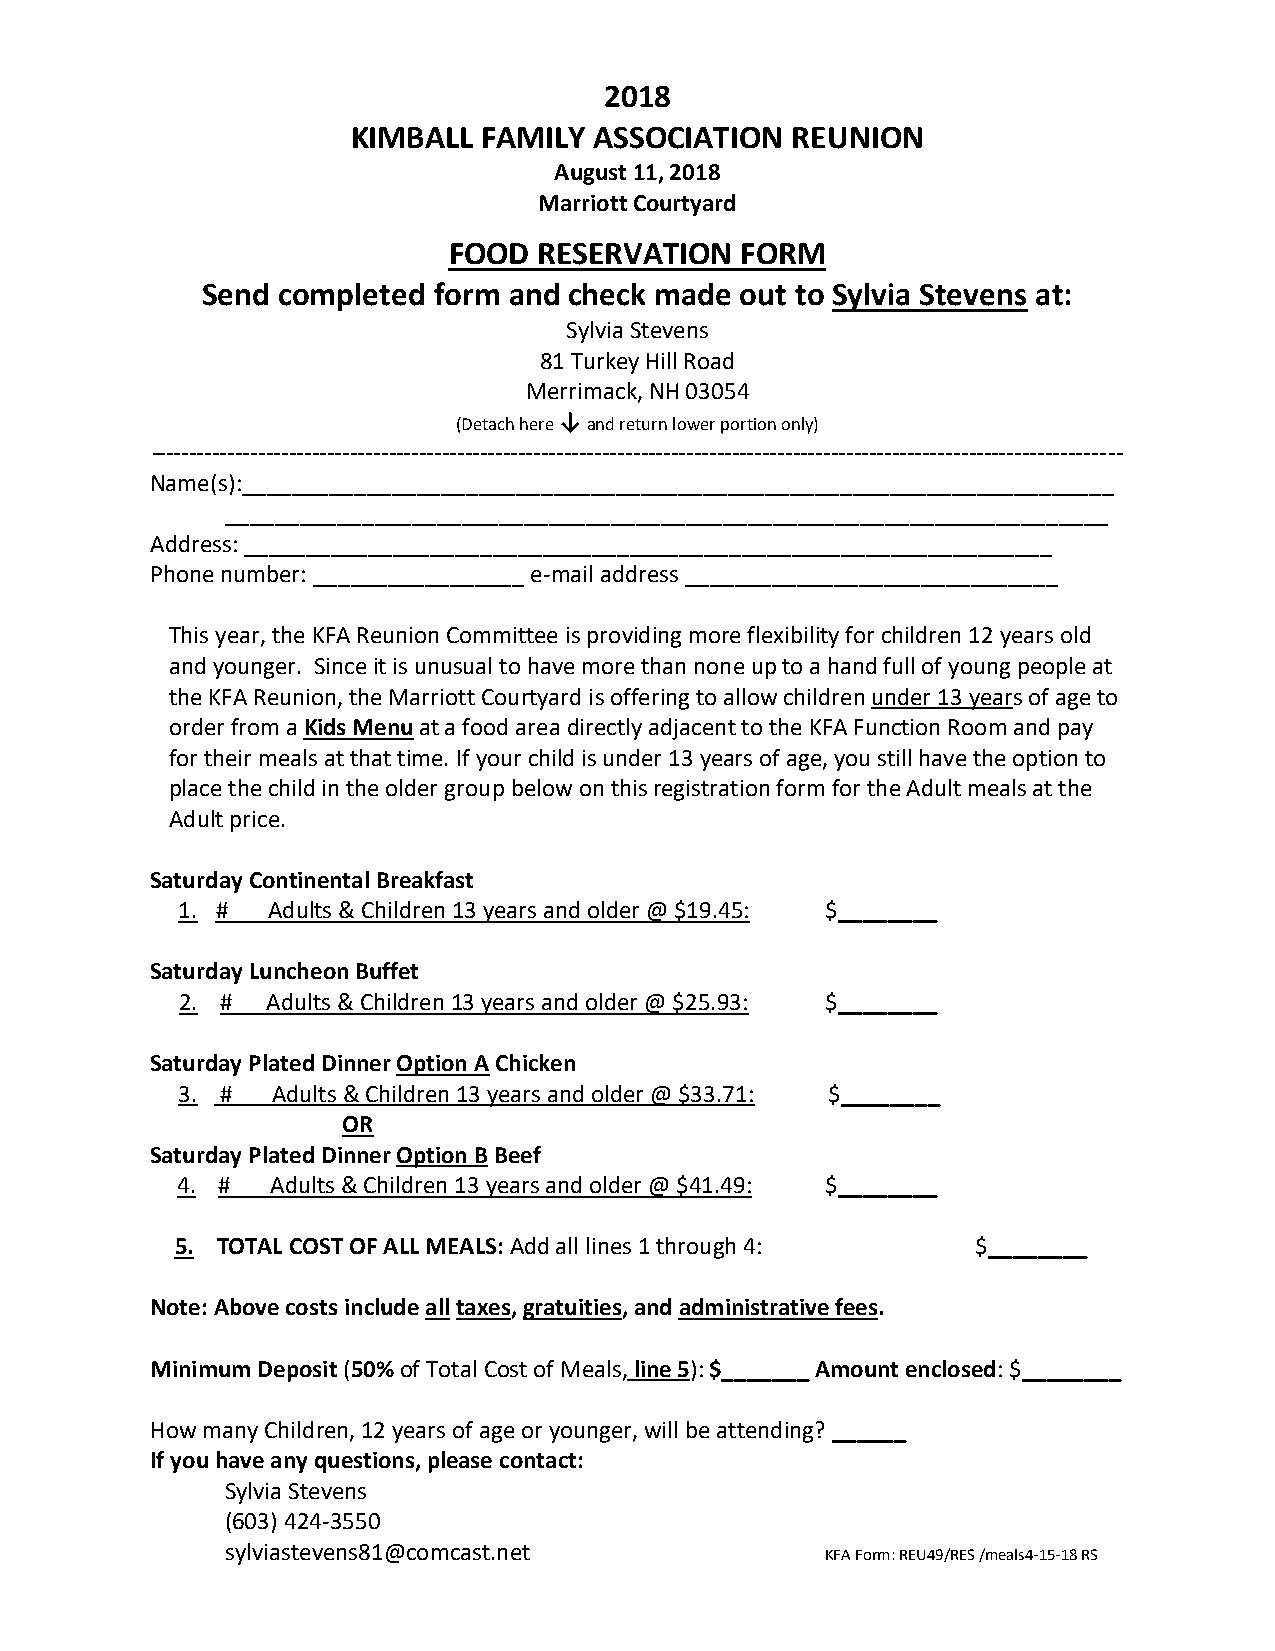
2018
 KIMBALL  FAMILY ASSOCIATION  REUNION
 August 11, 2018
 Marriott Courtyard
 FOOD  RESERVATION  FORM
 Send completed  form and check made out to Sylvia Stevens at:
 Sylvia Stevens
 81 Turkey Hill Road
 Merrimack, NH 03054
 (Detach here ↓ and return lower portion only)
 -------------------------------------------------------------------------------------------------------------------------------
 Name(s):______________________________________________________________________
 _______________________________________________________________________
 Address: _________________________________________________________________
 Phone number: _________________ e-mail address ______________________________
 This year, the KFA Reunion Committee is providing more flexibility for children 12 years old
 and younger. Since it is unusual to have more than none up to a hand full of young people at
 the KFA Reunion, the Marriott Courtyard is offering to allow children under 13 years of age to
 order from a Kids Menu at a food area directly adjacent to the KFA Function Room and pay
 for their meals at that time. If your child is under 13 years of age, you still have the option to
 place the child in the older group below on this registration form for the Adult meals at the
 Adult price.
 Saturday Continental Breakfast
 1. #  Adults & Children 13 years and older @ $19.45: $________
 Saturday Luncheon Buffet
 2. #  Adults & Children 13 years and older @ $25.93: $________
 Saturday Plated Dinner Option A Chicken
 3. #  Adults & Children 13 years and older @ $33.71: $________
 OR
 Saturday Plated Dinner Option B Beef
 4. #  Adults & Children 13 years and older @ $41.49: $________
 5. TOTAL COST OF ALL MEALS: Add all lines 1 through 4: $________
 Note: Above costs include all taxes, gratuities, and administrative fees.
 Minimum Deposit (50% of Total Cost of Meals, line 5): $_______ Amount enclosed: $________
 How many Children, 12 years of age or younger, will be attending? ______
 If you have any questions, please contact:
 Sylvia Stevens
 (603) 424-3550
 sylviastevens81@comcast.net             KFA Form: REU49/RES /meals4-15-18 RS